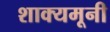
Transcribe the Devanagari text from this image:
शाक्यमूनी